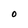
Character: O